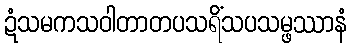
ဍံသမကသဝါတာတပသရိံသပသမ္ဖဿာနံ